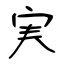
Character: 実